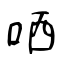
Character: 哂